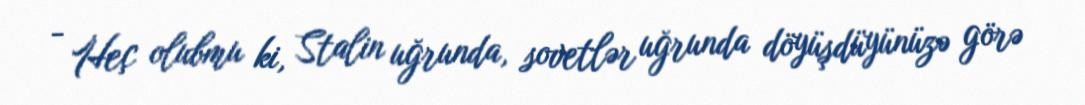
- Heç olubmu ki, Stalin uğrunda, sovetlər uğrunda döyüşdüyünüzə görə